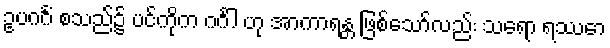
ဥပဂင်္ဂံ စသည်၌ ပင်ကိုက ဂင်္ဂါ ဟု အာကာရန္တ ဖြစ်သော်လည်း သရော ရဿော